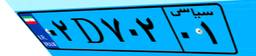
۰۲D۷۰۲۰۱